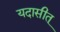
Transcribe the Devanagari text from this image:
यदासीत्